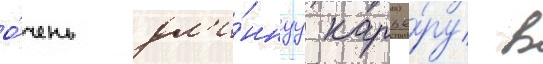
о́чень дл'и́ннуу карье́ру в